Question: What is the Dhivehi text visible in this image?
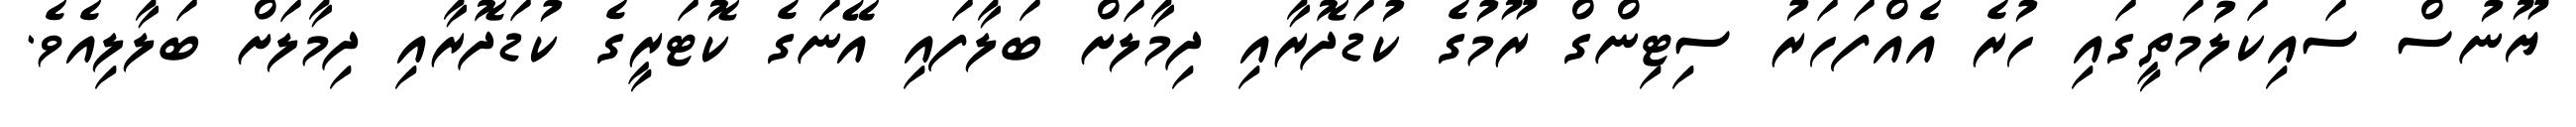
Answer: ޔޫނުސް ސައިކަލުމަތީގައި ހުރެ އެއްފަހަރު ސިޓިންގް ރޫމުގެ ކުޑަދޮރާއި ދިމާލަށް ބަލާފައި އޭނަގެ ކޮޓަރީގެ ކުޑަދޮރާއި ދިމާލަށް ބަލާލިއެވެ.